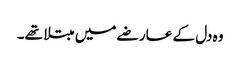
وہ دل کے عارضے میں مبتلا تھے۔